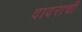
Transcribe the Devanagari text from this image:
दादराची